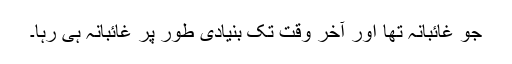
جو غائبانہ تھا اور آخر وقت تک بنیادی طور پر غائبانہ ہی رہا۔